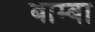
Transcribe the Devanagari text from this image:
बाम्बा